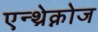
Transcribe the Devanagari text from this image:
एन्थ्रेक्नोज